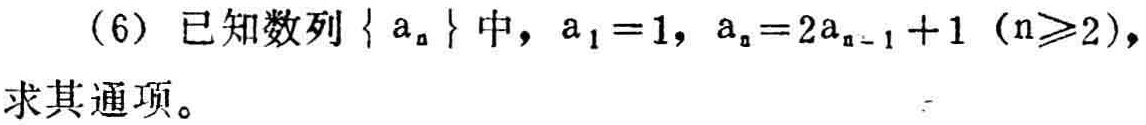
（6）已知数列\(\{ a_{n}\}\)中，\(a_{1}=1\)，\(a_{n}=2a_{n - 1}+1\ (n\geqslant2)\)，求其通项。